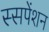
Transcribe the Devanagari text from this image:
स्सपेंशन